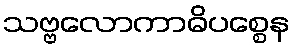
သဗ္ဗလောကာဓိပစ္စေန